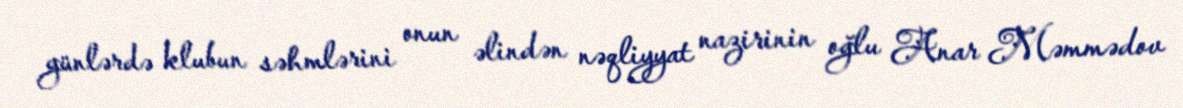
günlərdə klubun səhmlərini onun əlindən nəqliyyat nazirinin oğlu Anar Məmmədov